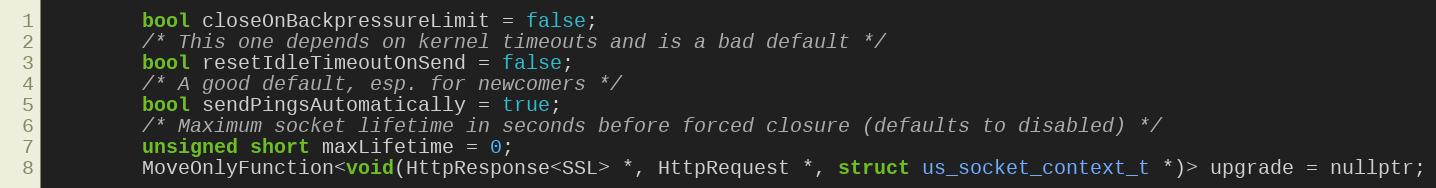
Language: C
        bool closeOnBackpressureLimit = false;
        /* This one depends on kernel timeouts and is a bad default */
        bool resetIdleTimeoutOnSend = false;
        /* A good default, esp. for newcomers */
        bool sendPingsAutomatically = true;
        /* Maximum socket lifetime in seconds before forced closure (defaults to disabled) */
        unsigned short maxLifetime = 0;
        MoveOnlyFunction<void(HttpResponse<SSL> *, HttpRequest *, struct us_socket_context_t *)> upgrade = nullptr;